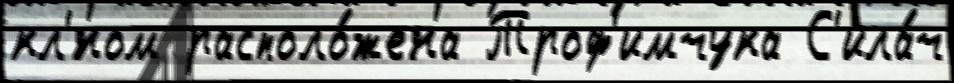
кл'́ном располо́жена Троф'имчука С'ила́ч